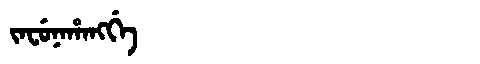
Manchu: ᠵᠠᠸᡠᠨᠠᡥᠠᠩᡤᡝ
Romanization: JAFUNAHANGGE